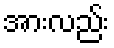
အားလည်း